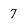
Character: 7